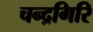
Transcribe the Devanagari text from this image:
चन्द्रगिरि